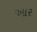
આર